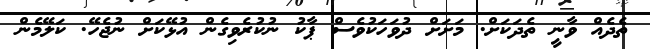
ތެދެއް ވާނީ ތެދަކަށް. މަށަށް ދުވަހަކުވެސް ޕާކު ނުކުރެވިގެން އުޅޭކަށް ނުޖެހޭ. ކަލޭމެން